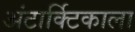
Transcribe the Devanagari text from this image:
अंटार्क्टिकाला